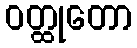
ဝတ္ထုတော